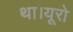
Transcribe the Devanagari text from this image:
था।यूरो